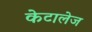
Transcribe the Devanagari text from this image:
केटालेज